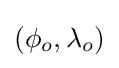
(\phi _{o},\lambda _{o})